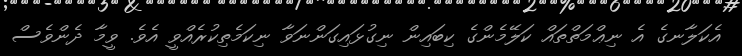
އެކަލާނގެ އެ ނިޢްމަތްތައް ކަލޭމެންގެ ކިބައިން ނިގުޅައިގަންނަވާ ނިކަމެތިކުރެއްވީ އެވެ. ވީމާ ދެންވެސް